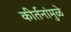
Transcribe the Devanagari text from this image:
कीर्तनांमुळे